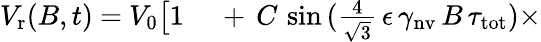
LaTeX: \begin{array}{rl}{V_{\mathrm{r}}(B,t)~{=}~V_{0}\bigl[1\, }&{{}+\, C\, \sin{(\frac{4}{\sqrt{3}}\, \epsilon\, \gamma_{\mathrm{nv}}\, B\, \tau_{\mathrm{tot}})}\times}\end{array}